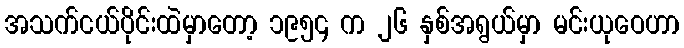
အသက်ငယ်ပိုင်းထဲမှာတော့ ၁၉၅၄ က ၂၆ နှစ်အရွယ်မှာ မင်းယုဝေဟာ